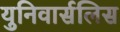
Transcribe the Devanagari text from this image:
युनिवार्सलिस